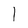
Character: 1